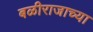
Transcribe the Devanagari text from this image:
बळीराजाच्या